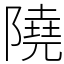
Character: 隢